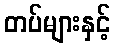
တပ်များနှင့်